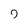
Character: 7